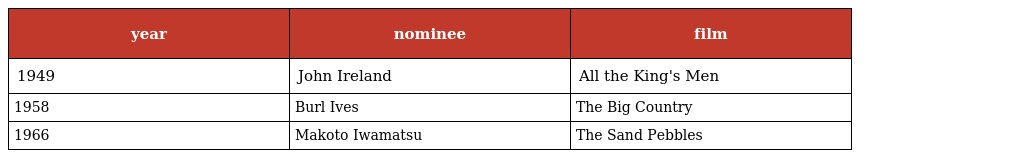
| year | nominee | film |
 | --- | --- | --- |
 | 1949 | John Ireland | All the King's Men |
 | 1958 | Burl Ives | The Big Country |
 | 1966 | Makoto Iwamatsu | The Sand Pebbles |